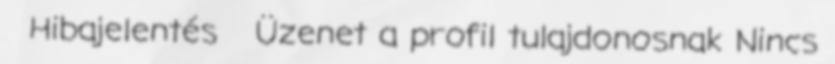
Hibajelentés Üzenet a profil tulajdonosnak Nincs